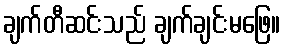
ချက်တီဆင်းသည် ချက်ချင်းမဖြေ။